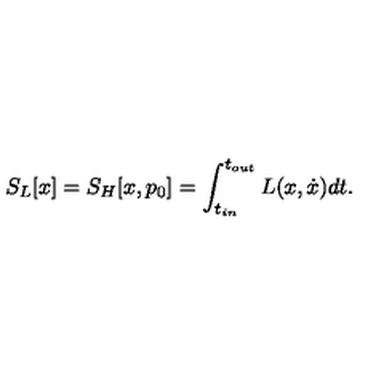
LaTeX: S _ { L } [ x ] = S _ { H } [ x , p _ { 0 } ] = \int _ { t _ { i n } } ^ { t _ { o u t } } L ( x , \dot { x } ) d t .